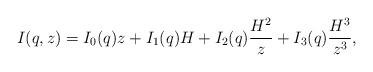
LaTeX: \begin{align*}I(q,z)=I_0(q)z+I_1(q)H+I_2(q)\frac{H^2}{z}+I_3(q)\frac{H^3}{z^3},\end{align*}